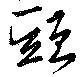
頭